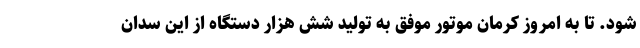
شود. تا به امروز کرمان موتور موفق به تولید شش هزار دستگاه از این سدان